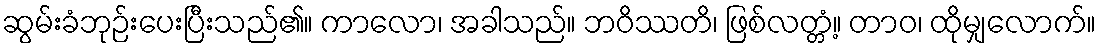
ဆွမ်းခံဘုဉ်းပေးပြီးသည်၏။ ကာလော၊ အခါသည်။ ဘဝိဿတိ၊ ဖြစ်လတ္တံ့။ တာဝ၊ ထိုမျှလောက်။